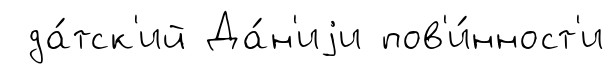
да́тск'ий Да́н'иjи пов'и́нност'и